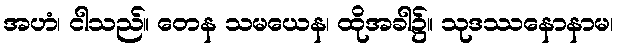
အဟံ၊ ငါသည်။ တေန သမယေန၊ ထိုအခါ၌။ သုဒဿနောနာမ၊